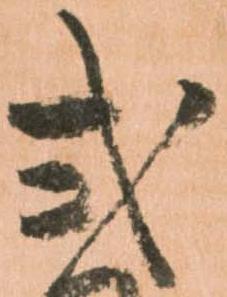
式